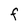
Character: F